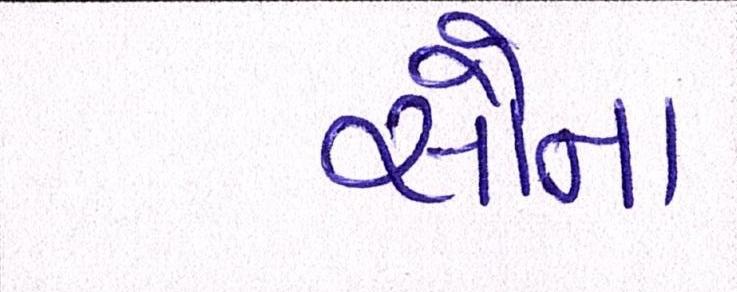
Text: સૌના